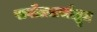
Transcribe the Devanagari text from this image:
सर्वोल्लासोद्धृत